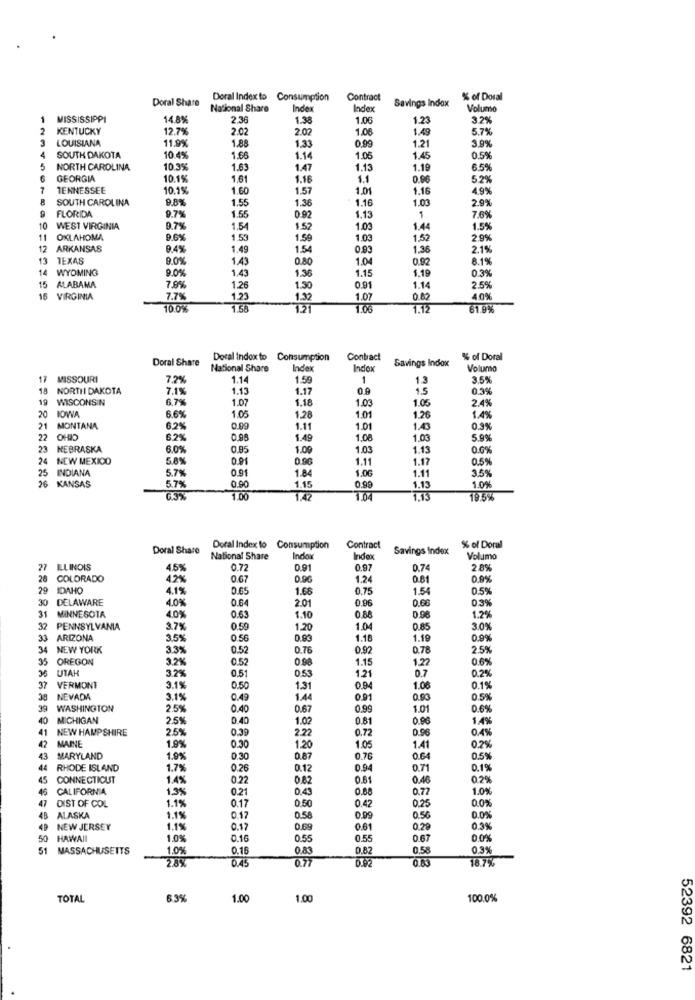
Doral Share
Doral Index to Consumption
Contract
Savings Indax
% of Doral
National Share
Index
Index
Volumo
1
MISSISSIPPI
14.89
2.36
1.38
1.00
1.23
32%
2
KENTUCKY
12.79
2.02
2.02
1.06
1.49
5.79
3
LOUISIANA
11,9%
3.99
1.8
1.33
0.99
1.21
4
SOUTH DAKOTA
10.4%
1.66
1.14
1.05
1.45
0.59
5
NORTH CAROLINA
10.39
1.63
1.47
1.13
1.19
6.5%
GEORGIA
10.19
1,61
1.16
1.1
0.96
5.29
-
TENNESSEE
10,1%
1.60
1.57
1.01
1.16
4.9%
SOUTH CAROLINA
9.8%
1.55
1.36
1.16
1.03
2.99
FLORIDA
9.7%
1.55
0.92
1.13
1
7,6%
10
WEST VIRGINIA
9.7%
1.54
1.52
1.03
1.44
1.5%
11
OKLAHOMA
9.6%
1.53
1.50
1.03
1.52
2.9%
12
ARKANSAS
9.4%
1.49
1.54
0,93
1.36
2.19
13
TEXAS
9.0%
1.4
0.80
1.04
0.92
8.19
14 WYOMING
9.0%
1.4
1.36
1.15
1.19
0.3%
15 ALABAMA
7.9%
1.26
1.30
0.91
1.14
2.5%
16 VIRGINIA
7.7%
1.23
1.32
1.07
0.82
40%
10.0%
1.58
1.06
61.9%
Doral Share
Doral indox to
Consumption
Contract
Savings Indox
% of Doral
National Share
Index
Index
Volumo
17
MISSOURI
7.2%
1.14
1.59
1
1.2
3.5%
18
NORTH DAKOTA
7.1%
1.13
1.17
08
1.5
0.39
19
WISCONSIN
6,7%
1.07
1.18
1.05
2.49
1.03
1.4%
20
IOWA
6.6%
1.05
1.28
1.01
1.26
21 MONTANA
6,2%
1.1
1.01
1.43
0.9%
22 OHIO
6.2%
0.95
1.49
1.08
1.03
5.99
23 NEBRASKA
6.0%
0.95
1.09
1.03
1.13
0.69
24 NEW MEXICO
5.8%
0.91
1.11
1.17
0.59
25 INDIANA
5.7%
0.91
1.84
1.06
3.5%
0.90
1.11
1.0%
26 KANSAS
5.7%
1.15
0,99
1.13
1.00
1.04
1.13
195%
Doral Share
Doral Index to Consumption
Contract
Savings Index
% of Doral
National Share
Indox
Index
Volumo
27 ILLINOIS
1.5%
0.72
0.91
0.97
0.74
2.89
20
COLORADO
42%
0.67
0.9G
1.24
0.81
0.9%
29 IDAHO
4.1%
0.65
1.66
0.75
1.54
0.59
30
DELAWARE
4.0%
0.64
2.01
0.96
0.66
0,3%
31
MINNESOTA
4.0%
0.63
1.10
0.88
0,98
1.2%
32
PENNSYLVANIA
3.7%
0.59
1.20
1.04
0.85
3.09
33
ARIZONA
3.5%
0.56
0.93
1.18
1.19
0.9%
34
NEW YORK
3.3%
0.52
0.76
0.92
0.78
2.59
35
OREGON
3.2%
0.52
0.90
1.15
1.22
0.69
35
UTAK
3.29
0.51
0.53
0.7
0.2%
1.21
37
VERMONT
3.1%
0.50
1.31
0.94
1.06
0.1%
38
NEVADA
3.1%
0.49
1.44
0.91
0.93
0.59
39
WASHINGTON
2.5%
0.40
0.67
0.99
1.01
0.6%
40
MICHIGAN
2.5%
0.40
1.02
0.81
0.96
1.49
41
NEW HAMPSHIRE
2.5%
0.39
2.22
0.72
0.96
0.45
42
MAINE
0.2%
1.9%
0.30
1.20
1.05
1.41
43
MARYLAND
1.9%
0.30
0.87
0.76
0.64
0.5%
44
RHODE ISLAND
1.7%
0.26
0.12
0.94
0.71
0.1%
45
CONNECTICUT
1.4%
0.22
0.82
0.61
0.46
02%
46
CALIFORNIA
1,3%
0.21
0.43
0.68
0.77
1.0%
47
DIST OF COL
1.1%
0.17
0.50
0.25
0.02
0.42
48
ALASKA
1.1%
0.17
0.58
0.99
0.50
0.09
NEW JERSEY
1.1%
0.17
0.69
0.61
0.29
0.39
50
HAWAII
1.0%
0.16
0.55
0.55
0.67
0.09
51 MASSACHUSETTS
1.0%
0.15
0.83
0.82
0.58
0.3%
0.45
0.77
0.02
0.63
18.7%
TOTAL
6.3%
1.00
1.00
100.0%
52392 6821